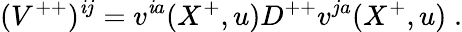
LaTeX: ({V}^{++})^{\mathit{i}j}=v^{\mathit{i}a}(X^{+},u)D^{++}v^{ja}(X^{+},u)\; .